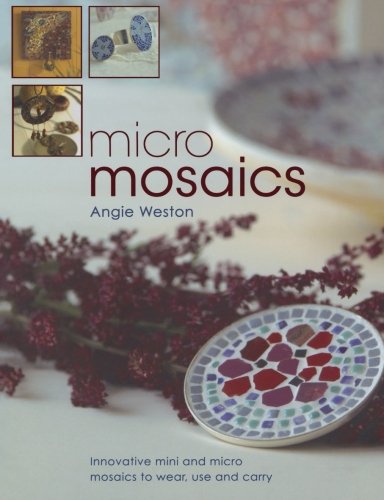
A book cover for Micro Mosaics; Angie Weston; Crafts, Hobbies & Home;